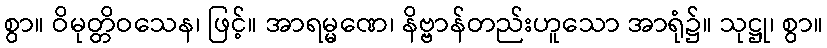
စွာ။ ဝိမုတ္တိဝသေန၊ ဖြင့်။ အာရမ္မဏေ၊ နိဗ္ဗာန်တည်းဟူသော အာရုံ၌။ သုဋ္ဌု၊ စွာ။